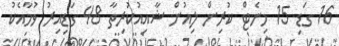
16 ގަޑި 15 މިނެޓް ކުރިން ލިއުން ޝާއިއުކުރިތާ 48 ގަޑިއިރު ވުމާއެކު